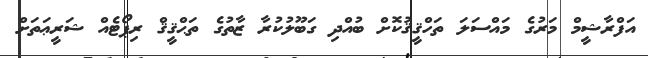
އަފްރާޝީމް މަރުގެ މައްސަލަ ތަހްޤީޤުކޮށް ބުއްދި ގަބޫލުކުރާ ޒާތުގެ ތަޙްޤީޤް ރިޕޯޓެއް ޝަރީޢަތަށް